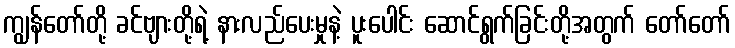
ကျွန်တော်တို့ ခင်ဗျားတို့ရဲ့ နားလည်ပေးမှုနဲ့ ပူးပေါင်း ဆောင်ရွက်ခြင်းတို့အတွက် တော်တော်